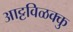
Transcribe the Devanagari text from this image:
आट्टविळक्कु